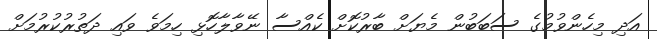
އަދި މިހެންވުމުގެ ސަބަބުން މެޔަށް ބާރުކޮށް ކެއްސާ ނޭވާލާހޮޅި ހިމަވެ ވައި ދަތުރުކުރުމަށް